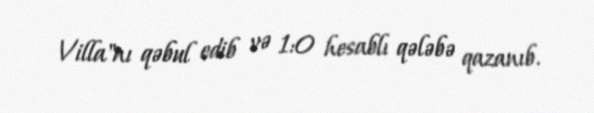
Villa"nı qəbul edib və 1:0 hesablı qələbə qazanıb.